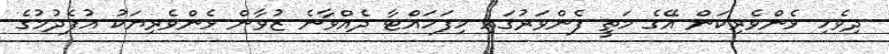
ދިވެހި ޅެންވެރިކަން އޭގެ މަތީ ފެންވަރުގައި ހިފަހައްޓާ ދެއްވާނެ ޒުވާން ޅެންވެރިޔަކު އުފެދުމުގެ